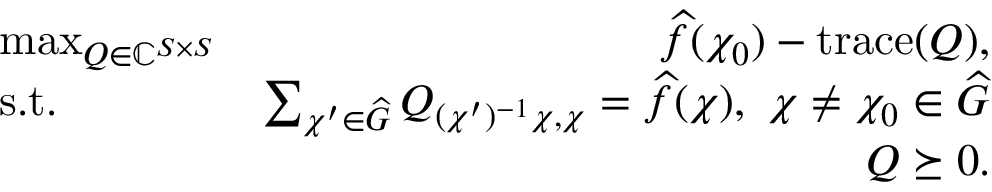
\begin{array} { r l r } & { \operatorname* { m a x } _ { Q \in \mathbb { C } ^ { S \times S } } } & { \widehat { f } ( \chi _ { 0 } ) - \operatorname { t r a c e } ( Q ) , } \\ & { \mathrm { s . t . } ~ } & { \sum _ { \chi ^ { \prime } \in \widehat { G } } Q _ { ( \chi ^ { \prime } ) ^ { - 1 } \chi , \chi } = \widehat { f } ( \chi ) , ~ \chi \neq \chi _ { 0 } \in \widehat { G } } \\ & { } & { Q \succeq 0 . } \end{array}